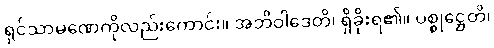
ရှင်သာမဏေကိုလည်းကောင်း။ အဘိဝါဒေတိ၊ ရှိခိုးရ၏။ ပစ္စုဋ္ဌေတိ၊